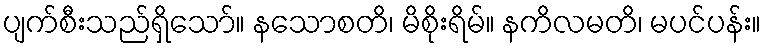
ပျက်စီးသည်ရှိသော်။ နသောစတိ၊ မိစိုးရိမ်။ နကိလမတိ၊ မပင်ပန်း။